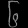
Digit: ၆